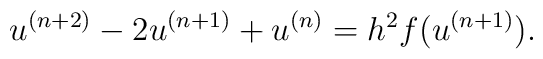
u^{(n+2)}-2u^{(n+1)}+u^{(n)}=h^2 f(u^{(n+1)}).